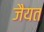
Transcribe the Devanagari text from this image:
जैयत